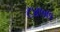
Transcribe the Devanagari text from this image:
८४७७